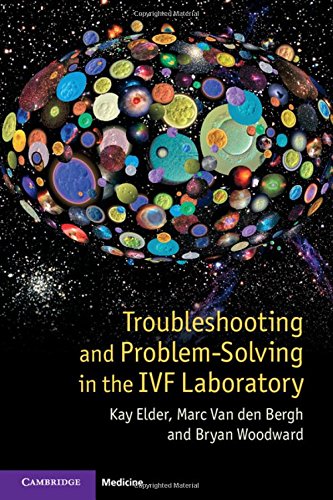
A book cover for Troubleshooting and Problem-Solving in the IVF Laboratory; Kay Elder; Parenting & Relationships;